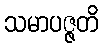
သမာပဇ္ဇတိ